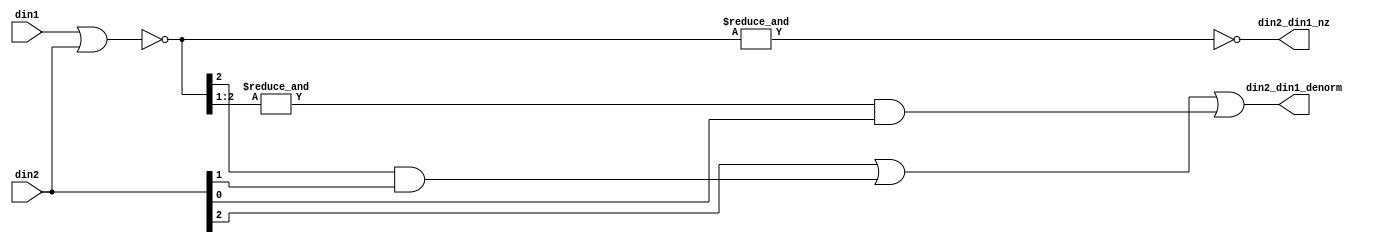
// ========== Copyright Header Begin ==========================================
// 
// OpenSPARC T1 Processor File: fpu_denorm_3b.v
// Copyright (c) 2006 Sun Microsystems, Inc.  All Rights Reserved.
// DO NOT ALTER OR REMOVE COPYRIGHT NOTICES.
// 
// The above named program is free software; you can redistribute it and/or
// modify it under the terms of the GNU General Public
// License version 2 as published by the Free Software Foundation.
// 
// The above named program is distributed in the hope that it will be 
// useful, but WITHOUT ANY WARRANTY; without even the implied warranty of
// MERCHANTABILITY or FITNESS FOR A PARTICULAR PURPOSE.  See the GNU
// General Public License for more details.
// 
// You should have received a copy of the GNU General Public
// License along with this work; if not, write to the Free Software
// Foundation, Inc., 51 Franklin St, Fifth Floor, Boston, MA 02110-1301, USA.
// 
// ========== Copyright Header End ============================================
///////////////////////////////////////////////////////////////////////////////
//
//      Three bit comparison of two inputs when both will always have
//		leading 0s.
//
///////////////////////////////////////////////////////////////////////////////

module fpu_denorm_3b (
	din1,
	din2,

	din2_din1_nz,
	din2_din1_denorm
);


input [2:0]     din1;                   // input 1- 3 bits
input [2:0]     din2;                   // input 2- 3 bits

output		din2_din1_nz;		// input 1 and input 2 are not 0
output		din2_din1_denorm;	// input 1 is a denorm


wire [2:0]	din2_din1_zero;
wire		din2_din1_nz;
wire		din2_din1_denorm;


assign din2_din1_zero[2:0]= (~(din1 | din2));

assign din2_din1_nz= (!(&din2_din1_zero[2:0]));

assign din2_din1_denorm= din2[2]
		|| (din2_din1_zero[2] && din2[1])
		|| ((&din2_din1_zero[2:1]) && din2[0]);


endmodule